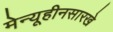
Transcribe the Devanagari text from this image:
मेन्यूहीनसारखे